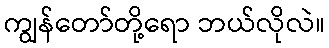
ကျွန်တော်တို့ရော ဘယ်လိုလဲ။